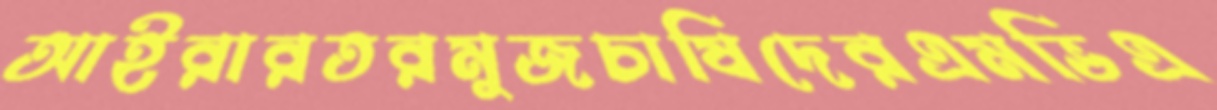
আইরারতরমুজচাষিদেরএমভিএ